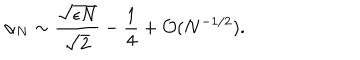
\alpha _ { N } \sim \frac { \sqrt { \epsilon N } } { \sqrt { 2 } } - \frac { 1 } { 4 } + { \cal O } ( N ^ { - 1 / 2 } ) .